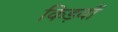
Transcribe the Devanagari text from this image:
किड़यों